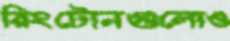
রিংটোনগুলোও